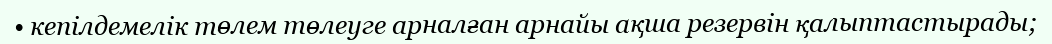
• кепілдемелік төлем төлеуге арналған арнайы ақша резервін қалыптастырады;